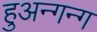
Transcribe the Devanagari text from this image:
हुअन्गन्ग